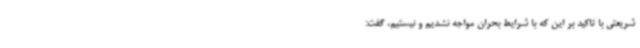
شریعتی با تاکید بر این که با شرایط بحران مواجه نشدیم و نیستیم، گفت: